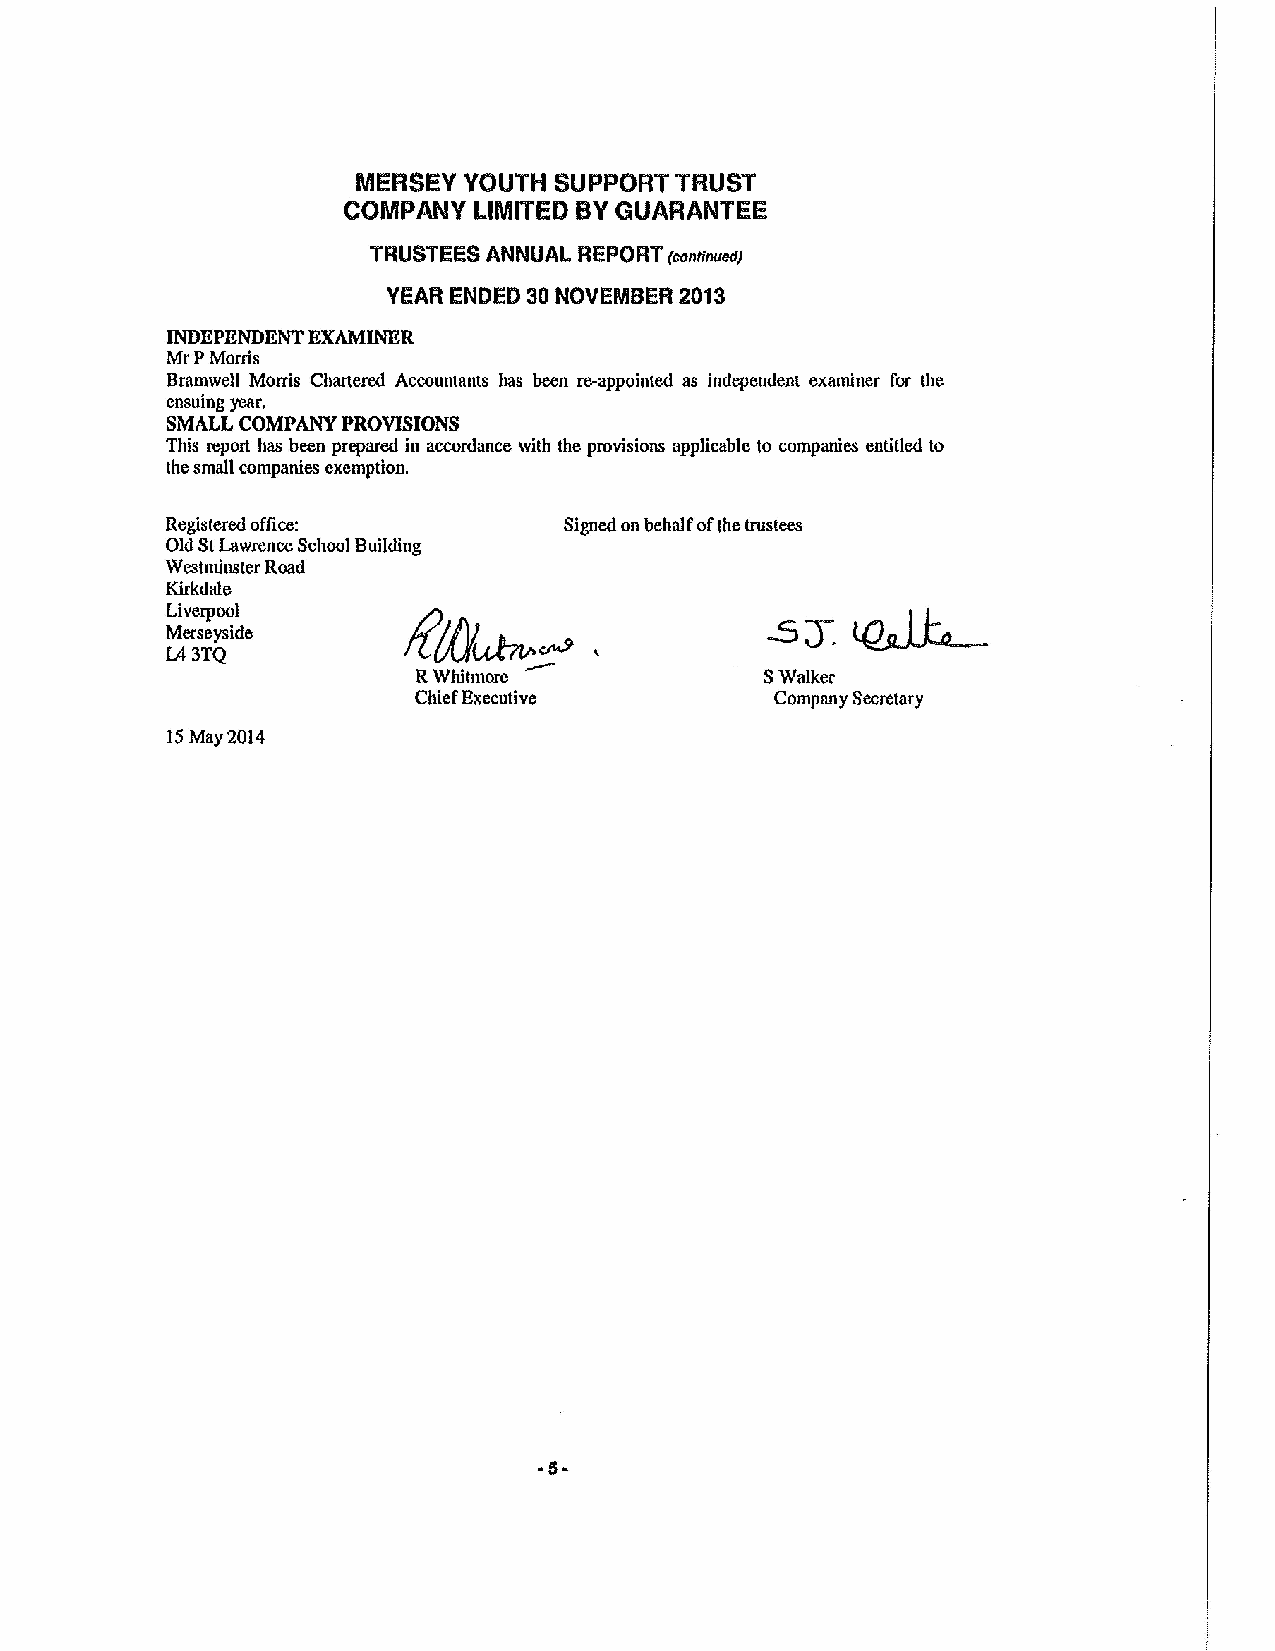
MERSEY YOUTH SUPPORT TRUST
 COMPANY LIMITED BYGUARANTEE
 TRUSTEES ANNUAL REPORT (cont(ouse)
 YEAR ENDED 30NOVEMBER 2013
 INDEPENDENT RXAMINRR
 MrPMorris
 Bramwell Mons Chartered Accountants has been re-appointed as independent examiner for the
 ensuing year,
 SMALL COMPANY PROVISIONS
 This report has been pi'epared in accordance with the provisions applicable to companies entitled to
 the small companies exemption.
 Registered office:        Signed on behalf ofthe trustees
 Old StLawrence School Building
 Westminster Road
 Kirkdale
 Liverpool       Es~--
 Merseyside
 L43TQ
 RWhitmore              SWalker
 Chief Executive        Company Secretary
 l5 May 2014